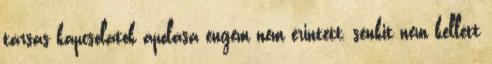
társas kapcsolatok ápolása engem nem érintett, senkit nem kellett